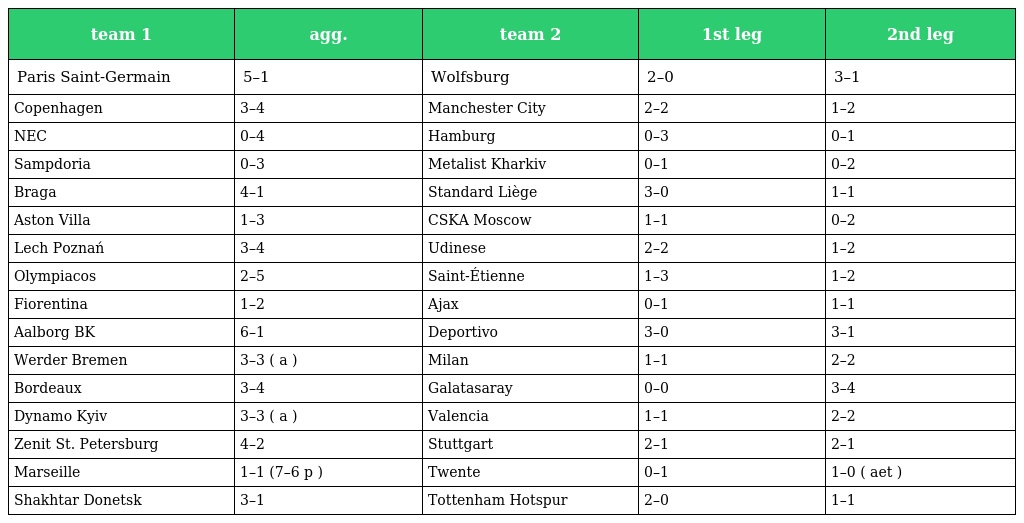
| team 1 | agg. | team 2 | 1st leg | 2nd leg |
 | --- | --- | --- | --- | --- |
 | Paris Saint-Germain | 5–1 | Wolfsburg | 2–0 | 3–1 |
 | Copenhagen | 3–4 | Manchester City | 2–2 | 1–2 |
 | NEC | 0–4 | Hamburg | 0–3 | 0–1 |
 | Sampdoria | 0–3 | Metalist Kharkiv | 0–1 | 0–2 |
 | Braga | 4–1 | Standard Liège | 3–0 | 1–1 |
 | Aston Villa | 1–3 | CSKA Moscow | 1–1 | 0–2 |
 | Lech Poznań | 3–4 | Udinese | 2–2 | 1–2 |
 | Olympiacos | 2–5 | Saint-Étienne | 1–3 | 1–2 |
 | Fiorentina | 1–2 | Ajax | 0–1 | 1–1 |
 | Aalborg BK | 6–1 | Deportivo | 3–0 | 3–1 |
 | Werder Bremen | 3–3 ( a ) | Milan | 1–1 | 2–2 |
 | Bordeaux | 3–4 | Galatasaray | 0–0 | 3–4 |
 | Dynamo Kyiv | 3–3 ( a ) | Valencia | 1–1 | 2–2 |
 | Zenit St. Petersburg | 4–2 | Stuttgart | 2–1 | 2–1 |
 | Marseille | 1–1 (7–6 p ) | Twente | 0–1 | 1–0 ( aet ) |
 | Shakhtar Donetsk | 3–1 | Tottenham Hotspur | 2–0 | 1–1 |